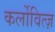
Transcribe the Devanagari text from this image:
कर्लोवित्ज़